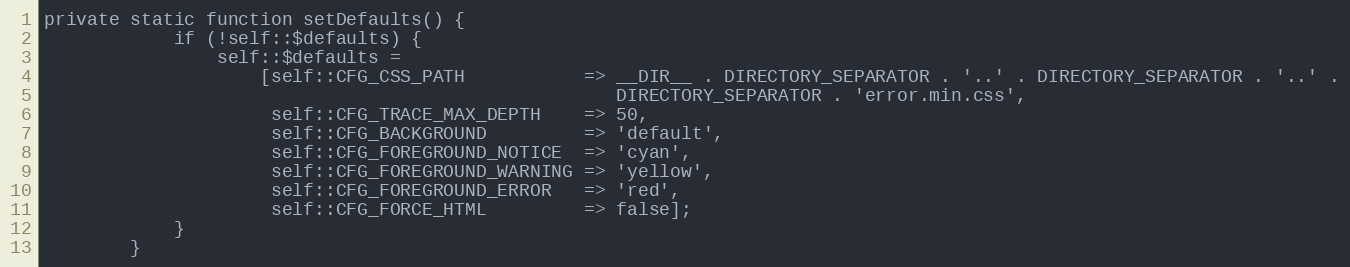
Language: PHP
private static function setDefaults() {
            if (!self::$defaults) {
                self::$defaults =
                    [self::CFG_CSS_PATH           => __DIR__ . DIRECTORY_SEPARATOR . '..' . DIRECTORY_SEPARATOR . '..' .
                                                     DIRECTORY_SEPARATOR . 'error.min.css',
                     self::CFG_TRACE_MAX_DEPTH    => 50,
                     self::CFG_BACKGROUND         => 'default',
                     self::CFG_FOREGROUND_NOTICE  => 'cyan',
                     self::CFG_FOREGROUND_WARNING => 'yellow',
                     self::CFG_FOREGROUND_ERROR   => 'red',
                     self::CFG_FORCE_HTML         => false];
            }
        }